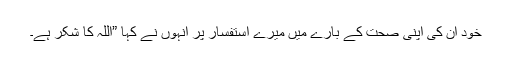
خود ان کی اپنی صحت کے بارے میں میرے استفسار پر انہوں نے کہا ”اللہ کا شکر ہے۔